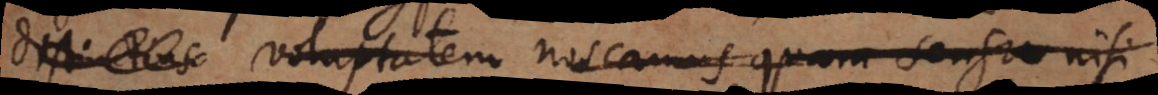
(cc) voluptatem noscamus, quam sensu nisi